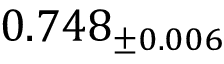
0 . 7 4 8 _ { \pm 0 . 0 0 6 }